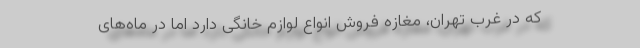
که در غرب تهران، مغازه فروش انواع لوازم خانگی دارد اما در ماه‌های